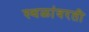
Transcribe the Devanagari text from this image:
स्थळांवरती